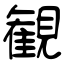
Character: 観